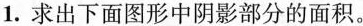
1.求出下面图形中阴影部分的面积。